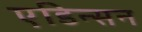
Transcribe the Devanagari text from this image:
एडिन्सन